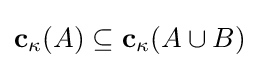
\mathbf {c} _{\kappa }(A)\subseteq \mathbf {c} _{\kappa }(A\cup B)